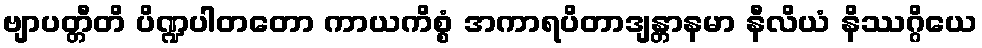
ဗျာပတ္တီတိ ပိဏ္ဍပါတတော ကာယကိစ္စံ အကာရပိတာဒျန္တာနမာ နီလိယံ နိဿဂ္ဂိယေ